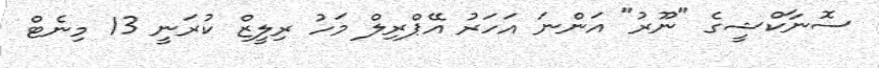
ސޮނާކްޝީގެ "ނޫރު" އަންނަ އަހަރު އޭޕްރިލް މަހު ރިލީޒް ކުރަނީ 13 މިނެޓް